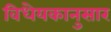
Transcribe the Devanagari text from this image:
विधेयकानुसार